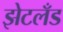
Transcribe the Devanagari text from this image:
झेटलँड